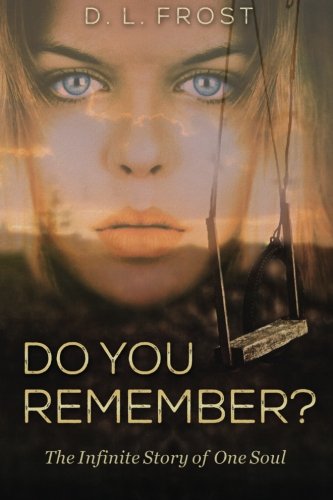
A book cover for Do You Remember?: The Infinite Story of One Soul (Volume 1); D L Frost; Teen & Young Adult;